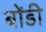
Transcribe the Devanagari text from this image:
बोंडी